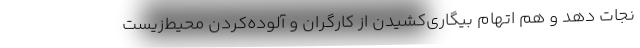
نجات دهد و هم اتهام بیگاری‌کشیدن از کارگران و آلوده‌کردن محیط‌زیست